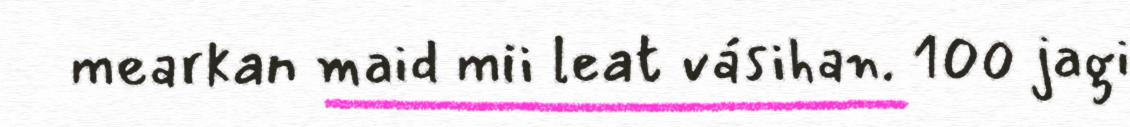
mearkan maid mii leat vásihan. 100 jagi